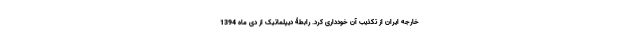
خارجه ایران از تکذیب آن خودداری کرد. رابطۀ دیپلماتیک از دی ماه 1394